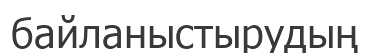
байланыстырудың